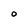
Character: 0